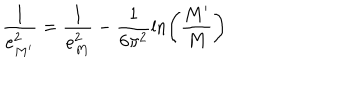
\frac { 1 } { e _ { M ^ { \prime } } ^ { 2 } } = \frac { 1 } { e _ { M } ^ { 2 } } - \frac { 1 } { 6 \pi ^ { 2 } } \ln \left( \frac { M ^ { \prime } } { M } \right)